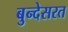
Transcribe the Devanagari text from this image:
बुन्देसरत